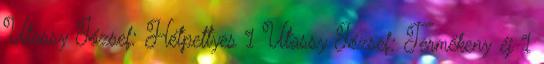
Utassy József: Hétpettyes 1 Utassy József: Termékeny éj 1